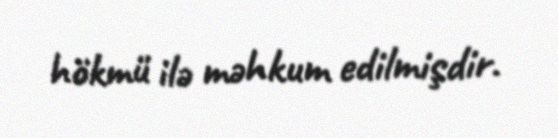
hökmü ilə məhkum edilmişdir.